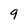
Character: 9